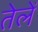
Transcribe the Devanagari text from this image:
तेलें